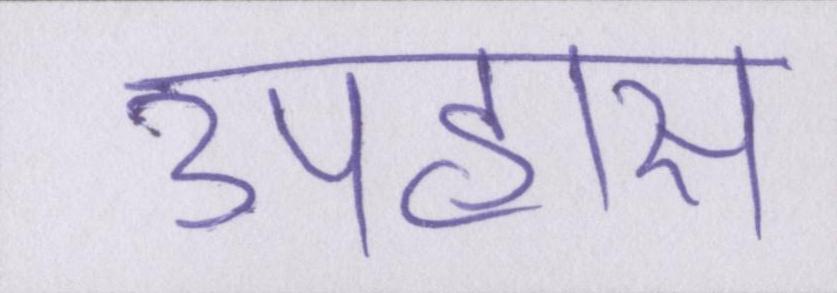
उपहास